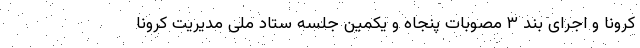
کرونا و اجرای بند ۳ مصوبات پنجاه و یکمین جلسه ستاد ملی مدیریت کرونا